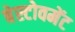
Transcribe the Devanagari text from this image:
बेस्टोवमेंट